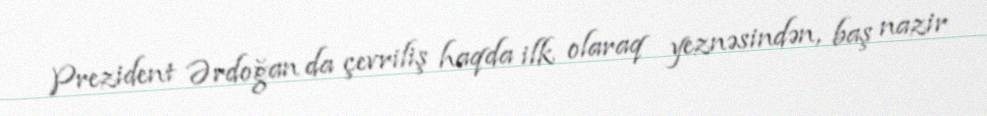
Prezident Ərdoğan da çevriliş haqda ilk olaraq yeznəsindən, baş nazir